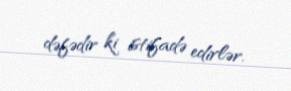
dəfədir ki istifadə edirlər.